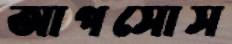
আপসোস